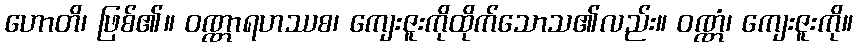
ဟောတိ၊ ဖြစ်၏။ ဝဏ္ဏာရဟဿစ၊ ကျေးဇူးကိုထိုက်သောသ၏လည်း။ ဝဏ္ဏံ၊ ကျေးဇူးကို။